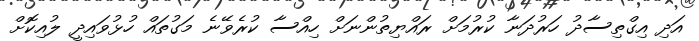
އަދި އިގްތިސާދު ހަރުދަނާ ކުރުމަށް ރައްޔިތުންނަށް ހިއްސާ ކުރެވޭނެ މަގުތައް ހުޅުވައިދީ ލުއިކޮށް